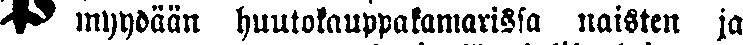
# myydään huutokauppakamarissa naisten ja